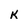
Character: k